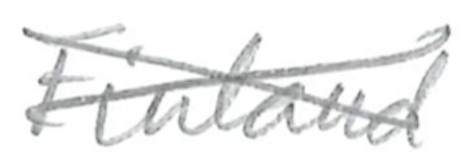
Text: Finland
Cross-out: cross
Writing tool: pencil